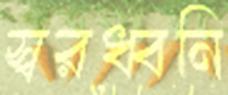
স্বরধ্বনি